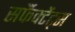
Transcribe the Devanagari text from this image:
सर्फैक्टेंट्स